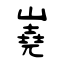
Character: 嶤